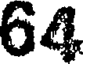
64